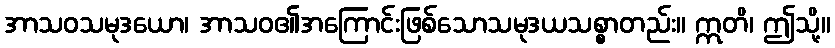
အာသဝသမုဒယော၊ အာသဝ၏အကြောင်းဖြစ်သောသမုဒယသစ္စာတည်း။ ဣတိ၊ ဤသို့။